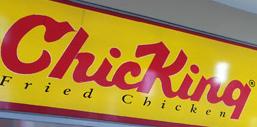
chicking